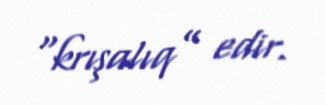
“krışalıq” edir.